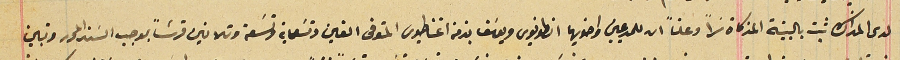
لدى المذاكره ثبت بالبينة المذكاة سَراً وعلناً ان للممدعيين واخويهما انطونيوس ويوسَف بذمة اغناطيوس المتوفى الفين وتسَعماية وتسَعة وتلاتين قرشاً بموجب السَند المحرر وتبين